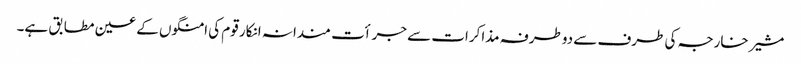
مشیر خارجہ کی طرف سے دوطرفہ مذاکرات سے جرأت مندانہ انکار قوم کی امنگوں کے عین مطابق ہے۔